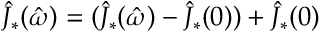
\hat { J } _ { * } ( \hat { \omega } ) = ( \hat { J } _ { * } ( \hat { \omega } ) - \hat { J } _ { * } ( 0 ) ) + \hat { J } _ { * } ( 0 )